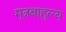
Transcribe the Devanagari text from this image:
मूत्रबाहुल्य